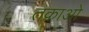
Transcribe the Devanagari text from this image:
तकाओ